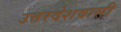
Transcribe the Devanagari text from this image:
उत्तरदेशवासी